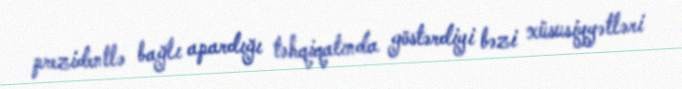
prezidentlə bağlı apardığı təhqiqatında göstərdiyi bəzi xüsusiyyətləri